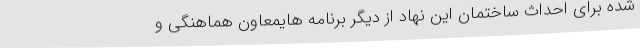
شده برای احداث ساختمان این نهاد از دیگر برنامه هایمعاون هماهنگی و